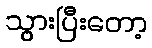
သွားပြီးတော့